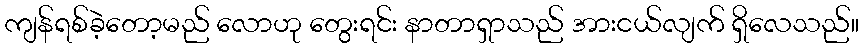
ကျန်ရစ်ခဲ့တော့မည် လောဟု တွေးရင်း နာတာရှာသည် အားငယ်လျက် ရှိလေသည်။